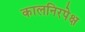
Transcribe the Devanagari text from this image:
कालनिरपेक्ष